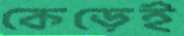
কেড়েই